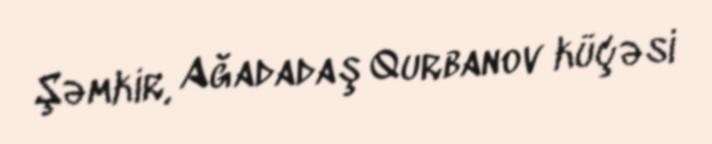
Şəmkir, Ağadadaş Qurbanov küçəsi